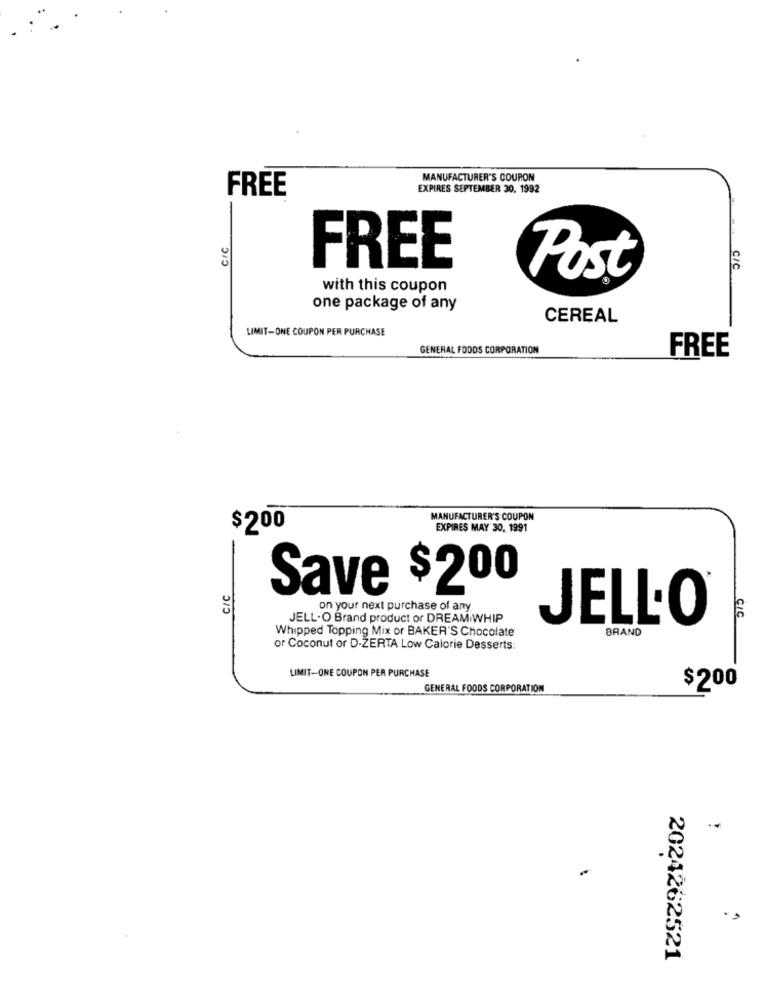
MANUFACTURER'S COUPON
FREE
EXPIRES SEPTEMBER 30, 1992
CIC
-
FREE
C/C
Post
with this coupon
one package of any
CEREAL
LIMIT-ONE COUPON PER PURCHASE
GENERAL FOODS CORPORATION
FREE
MANUFACTURER'S COUPON
$200
EXPIRES MAY 30, 1991
CIC
Save $200
on your next purchase of any
JELL-O Brand product or DREAM WHIP
Whipped Topping Mix or BAKER'S Chocolate
JELL-O®
BRAND
or Coconut or D-ZERTA Low Calorie Desserts:
LIMIT-ONE COUPON PER PURCHASE
GENERAL FOODS CORPORATION
$200
..
2024262521